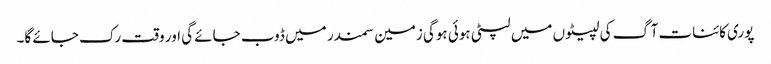
پوری کائنات آگ کی لپیٹوں میں لپٹی ہوئی ہوگی زمین سمندر میں ڈوب جائے گی اور وقت رک جائے گا۔